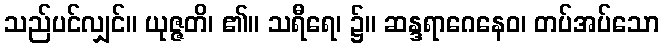
သည်ပင်လျှင်။ ယုဇ္ဇတိ၊ ၏။ သရီရေ၊ ၌။ ဆန္ဒရာဂေနေဝ၊ တပ်အပ်သော